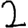
Digit: 2